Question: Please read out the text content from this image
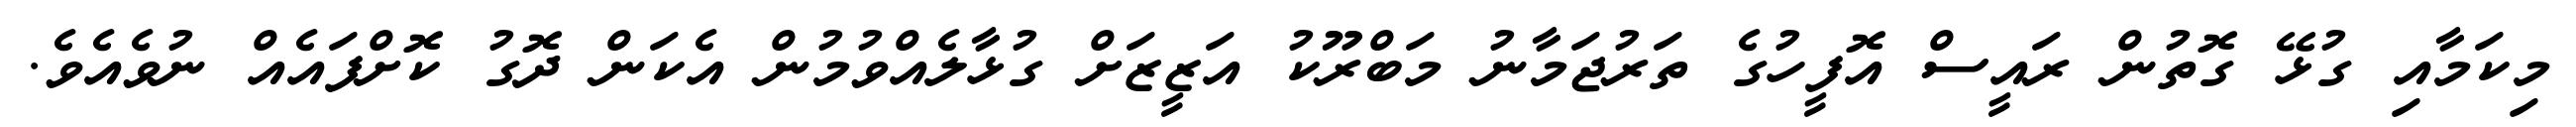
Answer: މިކަމާއި ގުޅޭ ގޮތުން ރައީސް އޮފީހުގެ ތަރުޖަމާނު މަބްރޫކު އަޒީޒަށް ގުޅާލެއްވުމުން އެކަން ދޮގު ކޮށްފައެއް ނުވެއެވެ.